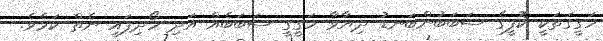
ހަގީގަތަކީ ކޮފީގެ ސަބަބުންބަނޑު ދިޔާވާ ހަގީގީ ސަބަބެއް އަދި ހޯދިފައި ނެތް ކަމެވެ.